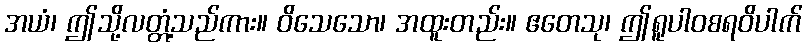
အယံ၊ ဤသို့လတ္တံ့သည်ကား။ ဝိသေသော၊ အထူးတည်း။ ဧတေသု၊ ဤရူပါဝစရဝိပါက်